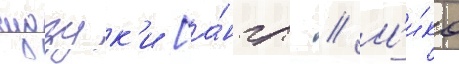
судзук'и [а́нгл. // М'и́ко